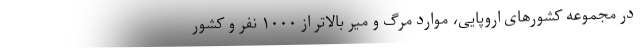
در مجموعه کشورهای اروپایی، موارد مرگ و میر بالاتر از ۱۰۰۰ نفر و کشور